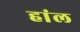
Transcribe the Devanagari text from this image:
हांल